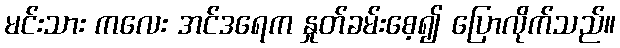
မင်းသား ကလေး အင်ဒရေက နှုတ်ခမ်းစေ့၍ ပြောလိုက်သည်။